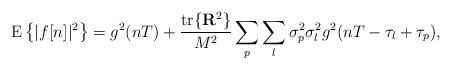
LaTeX: \begin{align*}\mathrm{E}\left\{|f[n]|^2\right\}=g^2(nT)+\frac{\mathrm{tr}\{\mathbf{R}^2\}}{M^2}\sum_{p}\sum_{l}\sigma_p^2\sigma_l^2g^2(nT-\tau_{l}+\tau_{p}),\end{align*}